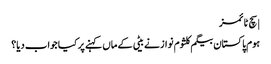
| سچ ٹائمز
ہوم پاکستان بیگم کلثوم نواز نے بیٹی کے ماں کہنے پر کیا جواب دیا؟